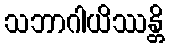
သဘာဂါယိဿန္တိ